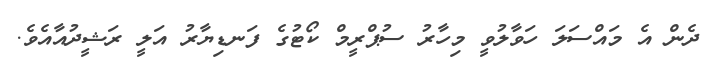
ދެން އެ މައްސަލަ ހަވާލުވީ މިހާރު ސުޕްރީމް ކޯޓުގެ ފަނޑިޔާރު އަލީ ރަޝީދުއާއެވެ.